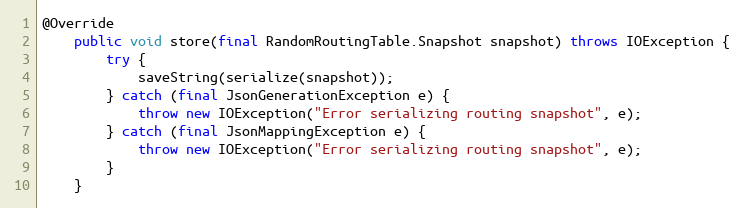
Language: Java
@Override
    public void store(final RandomRoutingTable.Snapshot snapshot) throws IOException {
        try {
            saveString(serialize(snapshot));
        } catch (final JsonGenerationException e) {
            throw new IOException("Error serializing routing snapshot", e);
        } catch (final JsonMappingException e) {
            throw new IOException("Error serializing routing snapshot", e);
        }
    }